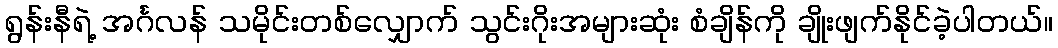
ရွန်းနီရဲ့ အင်္ဂလန် သမိုင်းတစ်လျှောက် သွင်းဂိုးအများဆုံး စံချိန်ကို ချိုးဖျက်နိုင်ခဲ့ပါတယ်။